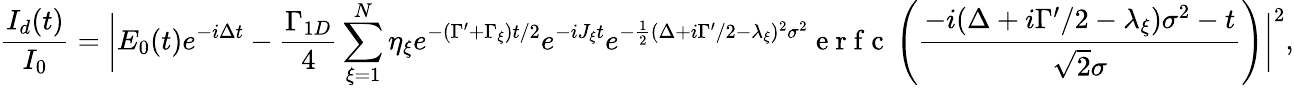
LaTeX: \frac{I_{d}(t)}{I_{0}}=\bigg|E_{0}(t)e^{-i\Delta t}-\frac{\Gamma_{1D}}{4}\sum_{\xi=1}^{N}\eta_{\xi}e^{-(\Gamma^{\prime}+\Gamma_{\xi})t/2}e^{-iJ_{\xi}t}e^{-\frac{1}{2}(\Delta+i\Gamma^{\prime}/2-\lambda_{\xi})^{2}\sigma^{2}}\mathrm{~e~r~f~c~}\left(\frac{-i(\Delta+i\Gamma^{\prime}/2-\lambda_{\xi})\sigma^{2}-t}{\sqrt{2}\sigma}\right)\bigg|^{2},